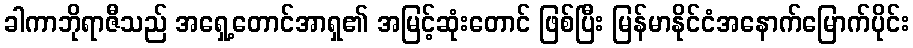
ခါကာဘိုရာဇီသည် အရှေ့တောင်အာရှ၏ အမြင့်ဆုံးတောင် ဖြစ်ပြီး မြန်မာနိုင်ငံအနောက်မြောက်ပိုင်း